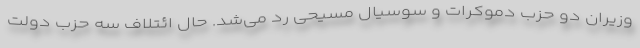
وزیران دو حزب دموکرات و سوسیال مسیحی رد می‌شد. حال ائتلاف سه حزب دولت